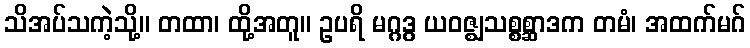
သိအပ်သကဲ့သို့။ တထာ၊ ထို့အတူ။ ဥပရိ မဂ္ဂဒွ ယဝဇ္ဈသစ္စစ္ဆာဒက တမံ၊ အထက်မဂ်